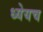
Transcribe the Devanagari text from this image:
ध्येयच